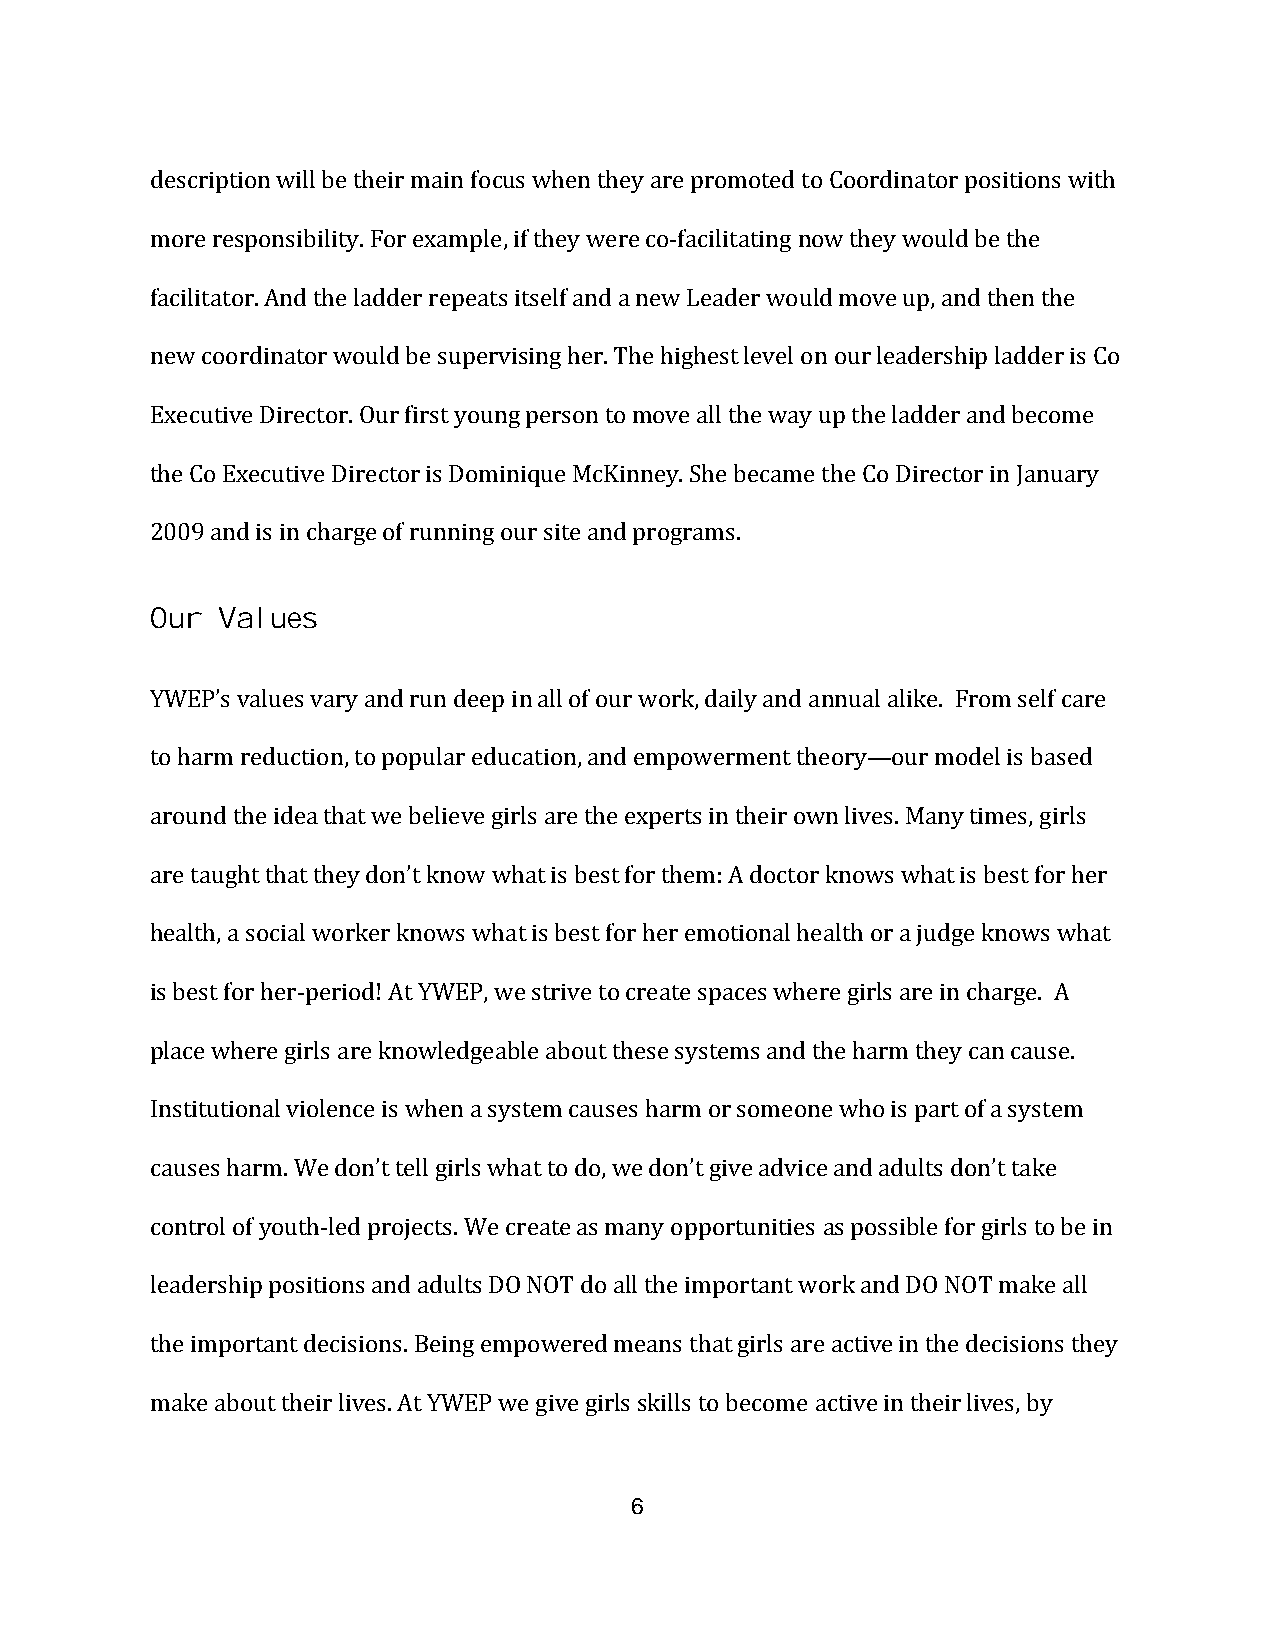
description will be their main focus when they are promoted to Coordinator positions with
 more responsibility. For example, if they were co-facilitating now they would be the
 facilitator. And the ladder repeats itself and a new Leader would move up, and then the
 new coordinator would be supervising her. The highest level on our leadership ladder is Co
 Executive Director. Our first young person to move all the way up the ladder and become
 the Co Executive Director is Dominique McKinney. She became the Co Director in January
 2009 and is in charge of running our site and programs.
 Our Values
 YWEP’s values vary and run deep in all of our work, daily and annual alike. From self care
 to harm reduction, to popular education, and empowerment theory—our model is based
 around the idea that we believe girls are the experts in their own lives. Many times, girls
 are taught that they don’t know what is best for them: A doctor knows what is best for her
 health, a social worker knows what is best for her emotional health or a judge knows what
 is best for her-period! At YWEP, we strive to create spaces where girls are in charge. A
 place where girls are knowledgeable about these systems and the harm they can cause.
 Institutional violence is when a system causes harm or someone who is part of a system
 causes harm. We don’t tell girls what to do, we don’t give advice and adults don’t take
 control of youth-led projects. We create as many opportunities as possible for girls to be in
 leadership positions and adults DO NOT do all the important work and DO NOT make all
 the important decisions. Being empowered means that girls are active in the decisions they
 make about their lives. At YWEP we give girls skills to become active in their lives, by
 6